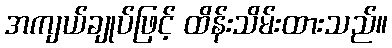
အကျယ်ချုပ်ဖြင့် ထိန်းသိမ်းထားသည်။